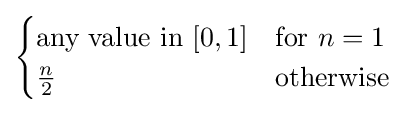
{\begin{cases}{\text{any value in }}[0,1]&{\text{for }}n=1\\{\frac {n}{2}}&{\text{otherwise}}\end{cases}}